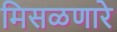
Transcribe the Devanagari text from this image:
मिसळणारे